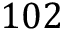
1 0 2